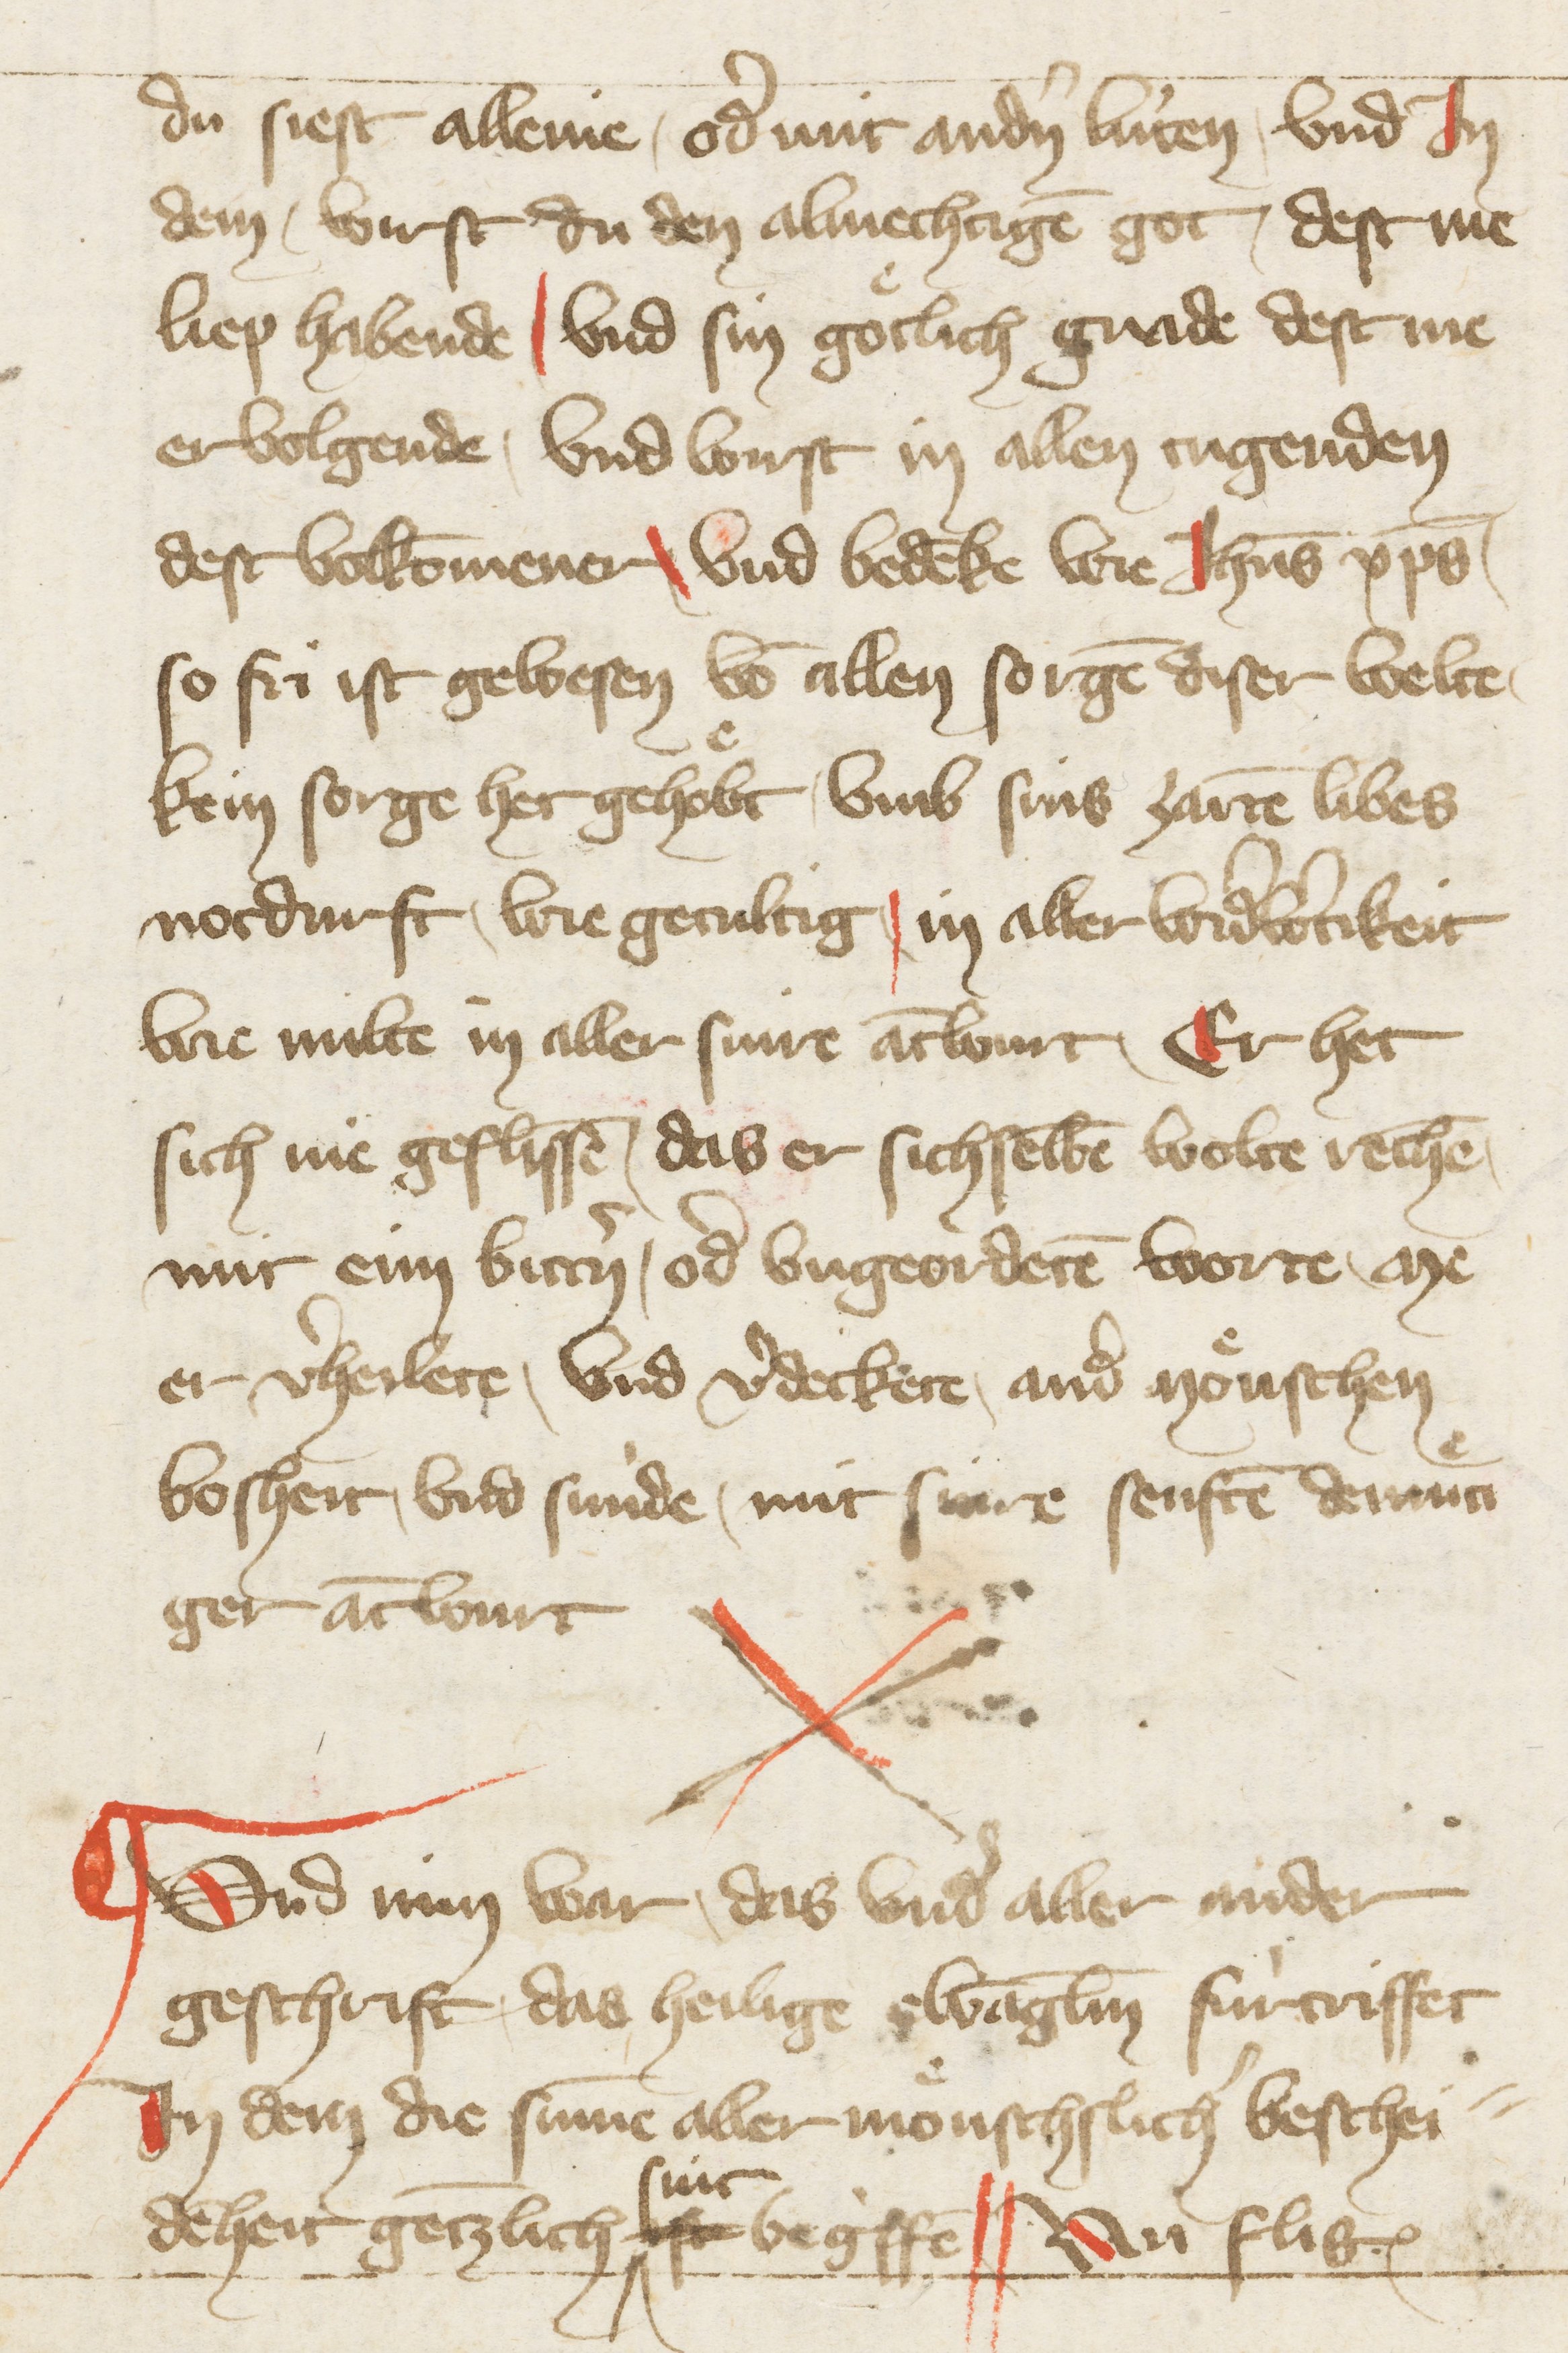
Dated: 1396–1403